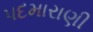
પદમારાણી